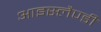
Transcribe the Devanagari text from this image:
आइस्लैण्डी